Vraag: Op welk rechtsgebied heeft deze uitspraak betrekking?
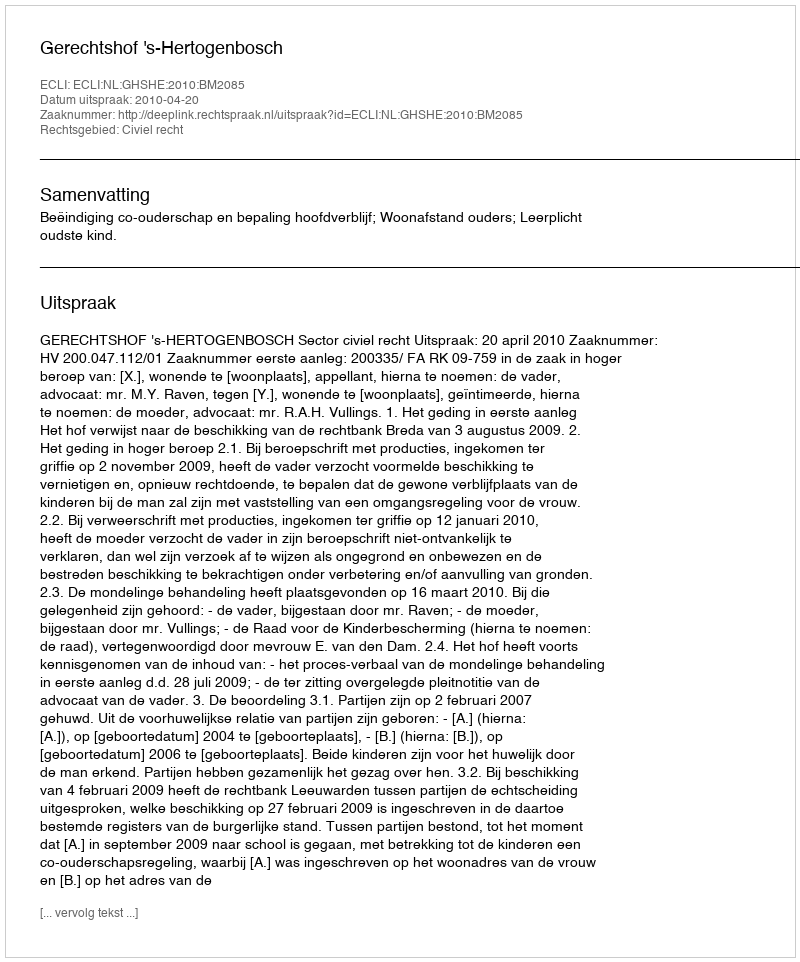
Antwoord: Civiel recht